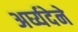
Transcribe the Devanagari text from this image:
अर्घ्यदेने